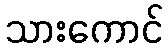
သားကောင်